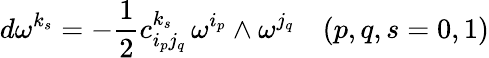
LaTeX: d\omega^{k_{s}}=-\frac{1}{2}c_{i_{p}j_{q}}^{k_{s}}\, \omega^{i_{p}}\wedge\omega^{j_{q}}\quad(p,q,s=0,1)